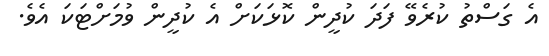
އެ ގަސްތު ކުރެވޭ ފަދަ ކުދީން ކޮޅަކަށް އެ ކުދީން ވުމަށްޓަކަ އެވެ.